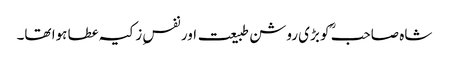
شاہ صاحبؒ کو بڑی روشن طبیعت اور نفسِ زکیہ عطا ہوا تھا۔